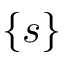
\{ s \}